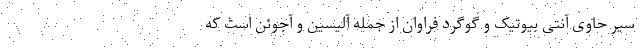
سیر حاوی آنتی بیوتیک و گوگرد فراوان از جمله آلیسین و آجوئن است که